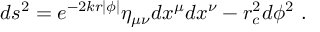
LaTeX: d s ^ { 2 } = e ^ { - 2 k r | \phi | } \eta _ { \mu \nu } d x ^ { \mu } d x ^ { \nu } - r _ { c } ^ { 2 } d \phi ^ { 2 } ~ .